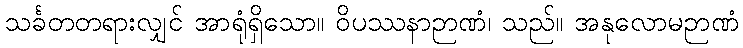
သင်္ခတတရားလျှင် အာရုံရှိသော။ ဝိပဿနာဉာဏံ၊ သည်။ အနုလောမဉာဏံ